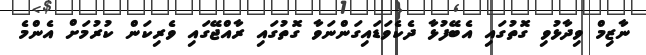
ނާޒިމް ވިދާޅުވި ގޮތުގައި އެބޭފުޅާ ދެކެވަޑައިގަންނަވާ ގޮތުގައި ރާއްޖޭގައި ވެރިކަން ކުރުމަށް އެންމެ